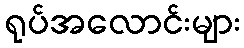
ရုပ်အလောင်းများ